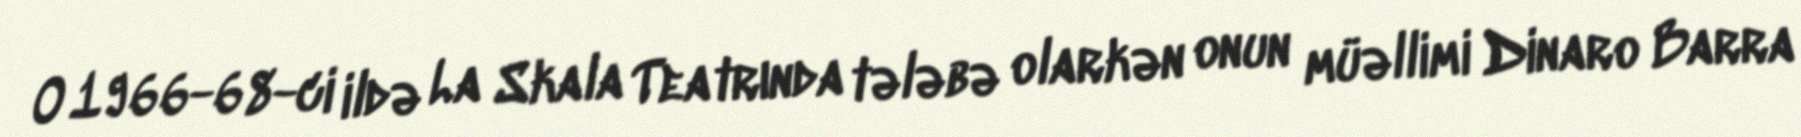
O 1966-68-ci ildə La Skala Teatrında tələbə olarkən onun müəllimi Dinaro Barra